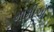
મામીએ